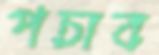
পচাব